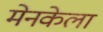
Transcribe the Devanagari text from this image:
मेनकेला